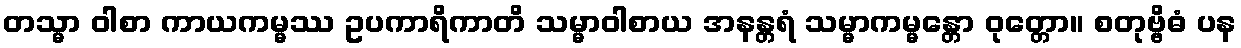
တသ္မာ ဝါစာ ကာယကမ္မဿ ဥပကာရိကာတိ သမ္မာဝါစာယ အနန္တရံ သမ္မာကမ္မန္တော ဝုတ္တော။ စတုဗ္ဗိဓံ ပန